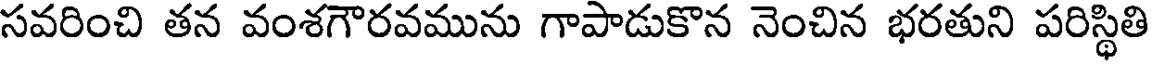
సవరించి తన వంశగౌరవమును గాపాడుకొన నెంచిన భరతుని పరిస్థితి